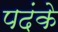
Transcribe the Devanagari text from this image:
पदंके